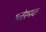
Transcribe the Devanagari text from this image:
श्लेश्मक